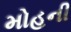
મોહની